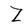
Character: Z